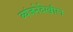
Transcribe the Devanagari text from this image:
व्यंजनेदेखील